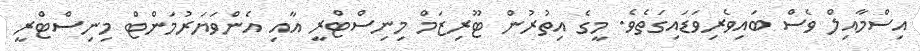
އިސްމާއިލް ވެސް ބައިވެރިވަޑައިގަތެވެ. މީގެ އިތުރުން ޓޫރިޒަމް މިނިސްޓްރީ އާއި އެންވަޔަރުމަންޓް މިނިސްޓްރީ